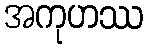
အကုဟဿ